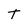
Character: T